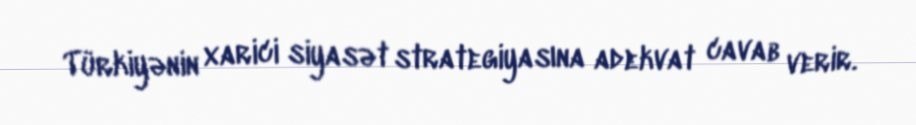
Türkiyənin xarici siyasət strategiyasına adekvat cavab verir.